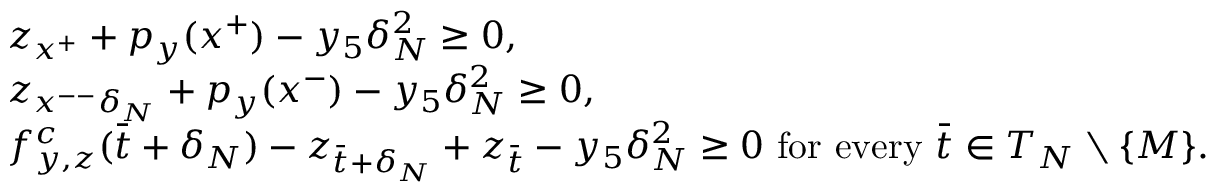
\begin{array} { r l } & { z _ { x ^ { + } } + p _ { y } ( x ^ { + } ) - y _ { 5 } \delta _ { N } ^ { 2 } \geq 0 , } \\ & { z _ { x ^ { -- } \delta _ { N } } + p _ { y } ( x ^ { - } ) - y _ { 5 } \delta _ { N } ^ { 2 } \geq 0 , } \\ & { f _ { y , z } ^ { c } ( \bar { t } + \delta _ { N } ) - z _ { \bar { t } + \delta _ { N } } + z _ { \bar { t } } - y _ { 5 } \delta _ { N } ^ { 2 } \geq 0 \mathrm { ~ f o r ~ e v e r y ~ } \bar { t } \in T _ { N } \setminus \{ M \} . } \end{array}